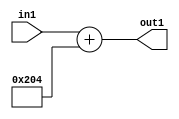
`timescale 1ps / 1ps
/*****************************************************************************
    Verilog RTL Description
    
    
    Created by: Stratus DpOpt 2019.1.01 
*******************************************************************************/

module DC_Filter_gen000002_4 (
	in1,
	out1
	); /* architecture "behavioural" */ 
input [8:0] in1;
output [10:0] out1;
wire [10:0] asc001;

assign asc001 = 
	+(in1)
	+(11'B01000000100);

assign out1 = asc001;
endmodule

/* CADENCE  ubHzQgs= : u9/ySgnWtBlWxVPRXgAZ4Og= ** DO NOT EDIT THIS LINE ******/